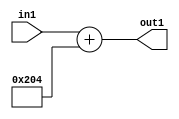
`timescale 1ps / 1ps
/*****************************************************************************
    Verilog RTL Description
    
    
    Created by: Stratus DpOpt 2019.1.01 
*******************************************************************************/

module DC_Filter_gen000002_4 (
	in1,
	out1
	); /* architecture "behavioural" */ 
input [8:0] in1;
output [10:0] out1;
wire [10:0] asc001;

assign asc001 = 
	+(in1)
	+(11'B01000000100);

assign out1 = asc001;
endmodule

/* CADENCE  ubHzQgs= : u9/ySgnWtBlWxVPRXgAZ4Og= ** DO NOT EDIT THIS LINE ******/